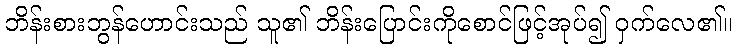
ဘိန်းစားဘွန်ဟောင်းသည် သူ၏ ဘိန်းပြောင်းကိုစောင်ဖြင့်အုပ်၍ ဝှက်လေ၏။